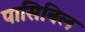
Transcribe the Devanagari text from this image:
पासिबिल